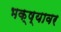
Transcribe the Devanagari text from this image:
भक्ष्यावर